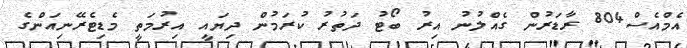
އެމްއެސް804 ރާޑަރުން ގެއްލުނު އިރު ބޯޓު ދަތުރު ކުރަމުން ދިޔައީ އިރުމަތީ މެޑިޓެރޭނިއަންގެ